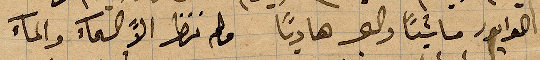
لا الى الوابور ماشيًا والبحر هاديًا فلم ننظر الا السماء والماء